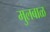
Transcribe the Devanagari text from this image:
मुलबाळ